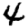
Digit: 4